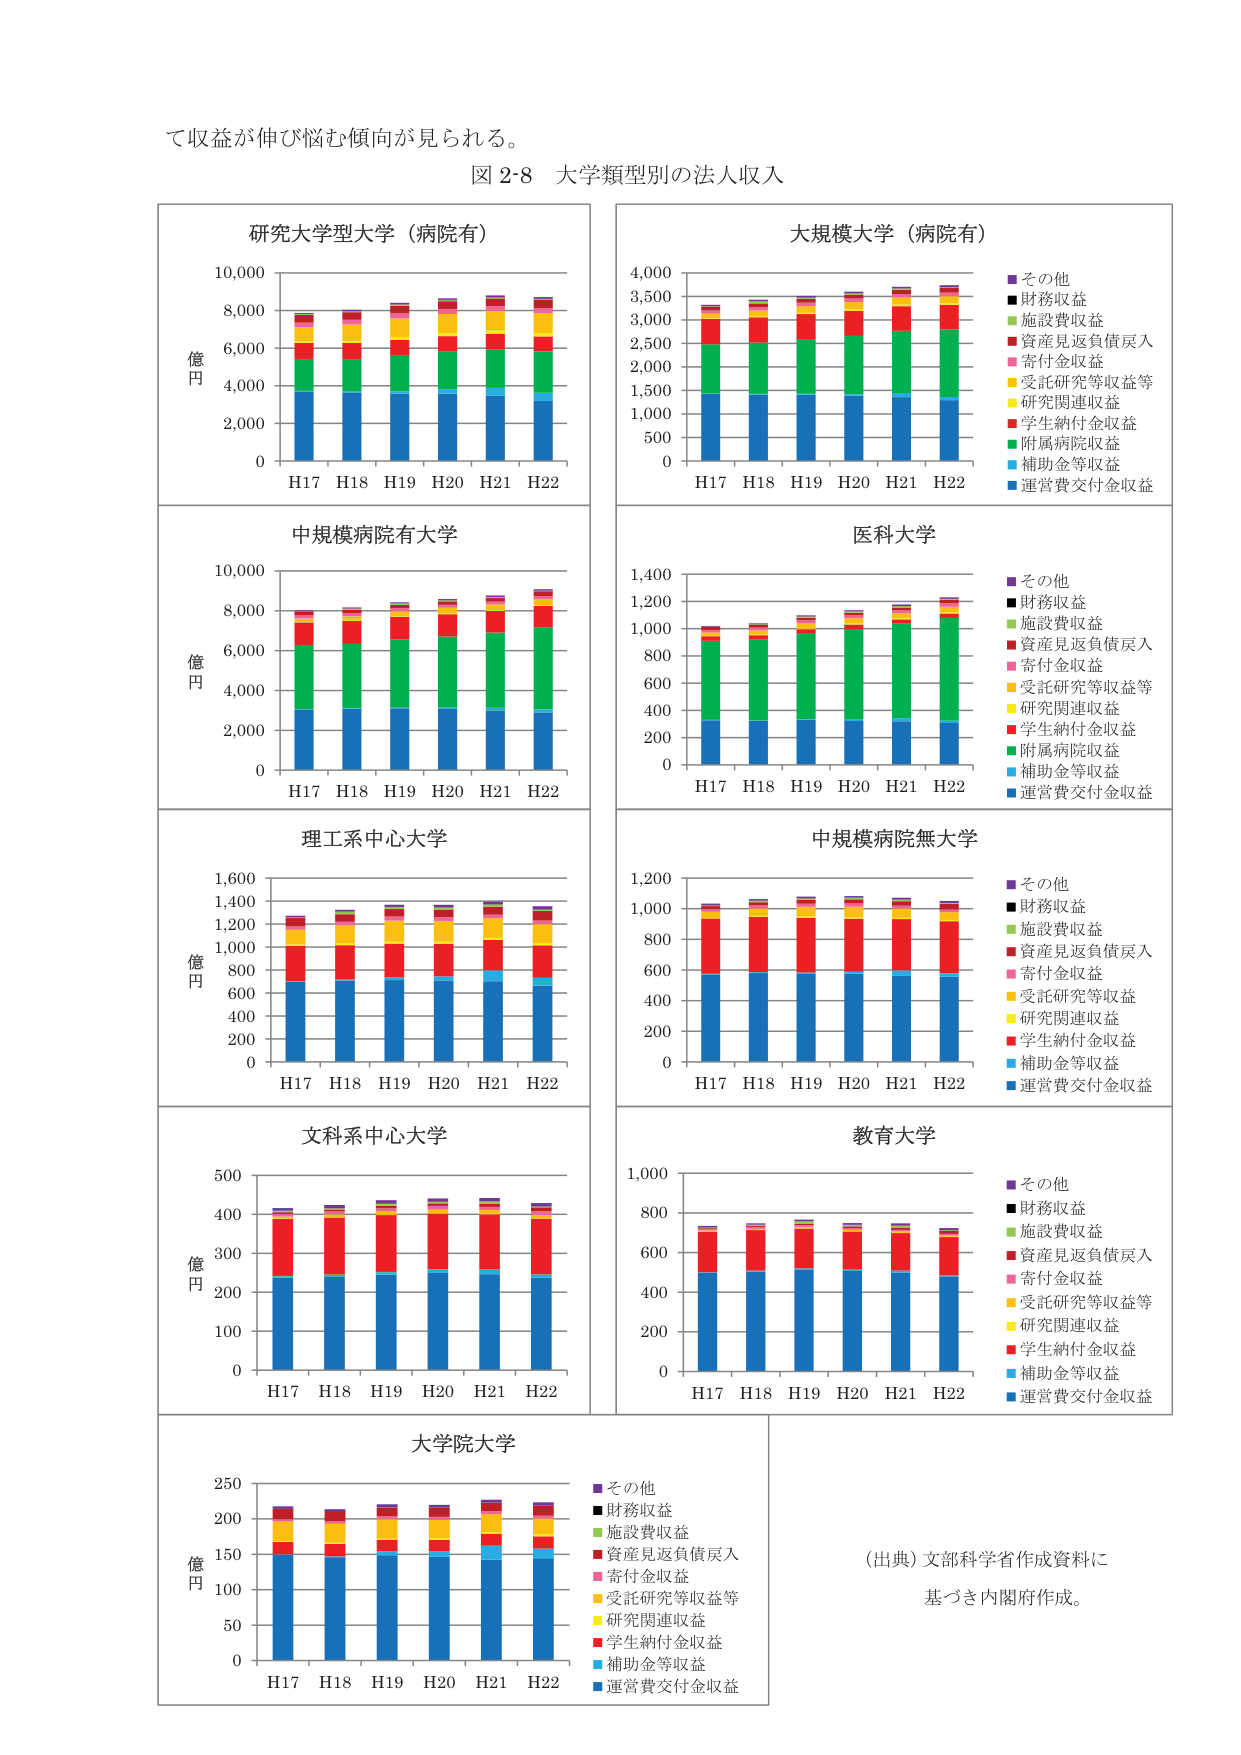
て収益が伸び悩む傾向が見られる。

図2-8 大学類型別の法人収入

研究大学型大学（病院有）
億円
H17 H18 H19 H20 H21 H22

大規模大学（病院有）
4,000
3,500
3,000
2,500
2,000
1,500
1,000
500
0
H17 H18 H19 H20 H21 H22
■その他
■財務収益
■施設費収益
■資産見返負債戻入
■寄付金収益
■受託研究等収益等
■研究関連収益
■学生納付金収益
■附属病院収益
■補助金等収益
■運営費交付金収益

中規模病院有大学
億円
H17 H18 H19 H20 H21 H22

医科大学
1,400
1,200
1,000
800
600
400
200
0
H17 H18 H19 H20 H21 H22
■その他
■財務収益
■施設費収益
■資産見返負債戻入
■寄付金収益
■受託研究等収益等
■研究関連収益
■学生納付金収益
■附属病院収益
■補助金等収益
■運営費交付金収益

理工系中心大学
億円
1,600
1,400
1,200
1,000
800
600
400
200
0
H17 H18 H19 H20 H21 H22

中規模病院無大学
1,200
1,000
800
600
400
200
0
H17 H18 H19 H20 H21 H22
■その他
■財務収益
■施設費収益
■資産見返負債戻入
■寄付金収益
■受託研究等収益
■研究関連収益
■学生納付金収益
■補助金等収益
■運営費交付金収益

文科系中心大学
億円
500
400
300
200
100
0
H17 H18 H19 H20 H21 H22

教育大学
1,000
800
600
400
200
0
H17 H18 H19 H20 H21 H22
■その他
■財務収益
■施設費収益
■資産見返負債戻入
■寄付金収益
■受託研究等収益等
■研究関連収益
■学生納付金収益
■補助金等収益
■運営費交付金収益

大学院大学
億円
250
200
150
100
50
0
H17 H18 H19 H20 H21 H22
■その他
■財務収益
■施設費収益
■資産見返負債戻入
■寄付金収益
■受託研究等収益等
■研究関連収益
■学生納付金収益
■補助金等収益
■運営費交付金収益

（出典）文部科学省作成資料に
基づき内閣府作成。